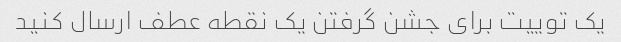
یک توییت برای جشن گرفتن یک نقطه عطف ارسال کنید